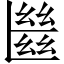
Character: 㡭